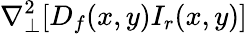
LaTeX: \nabla_{\perp}^{2}[D_{f}(x,y)I_{r}(x,y)]